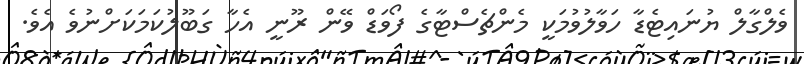
ވެލްގާލް ޔުނައިޓެޑާ ހަވާލުވުމަކީ މެންޗެސްޓާގެ ފޯވަޑް ވޭން ރޫނީ އެހާ ގަބޫލުކަމަކަށްނުވެ އެވެ.